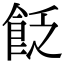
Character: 𩚮